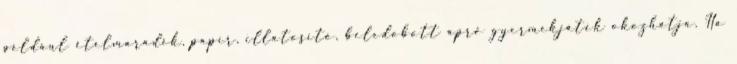
például ételmaradék, papír, illatosító, beledobott apró gyermekjáték okozhatja. Ha